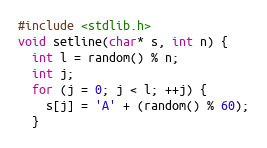
Language: C++
#include <stdlib.h>
void setline(char* s, int n) {
  int l = random() % n;
  int j;
  for (j = 0; j < l; ++j) {
    s[j] = 'A' + (random() % 60);
  }